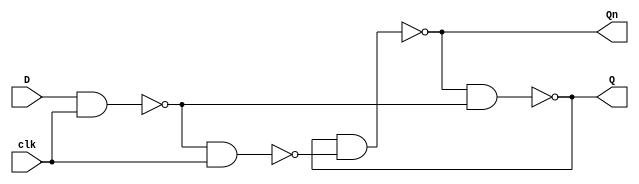
/* D flup flop constructed from nand gates.
 * @design from http://asic-world.com/verilog/gate2.html 
 */

module d_flip_flop_nand(Q, Qn, clk, D);
   input clk, D;
   output Q, Qn;

   wire   X, Y; //X, Y are the output from the 1st 2 nands

   nand n1(X, D, clk);
   nand n2(Y, X, clk);
   nand n3(Q, Qn, X);
   nand n4(Qn, Q, Y);

endmodule //d_flip_flop_nand